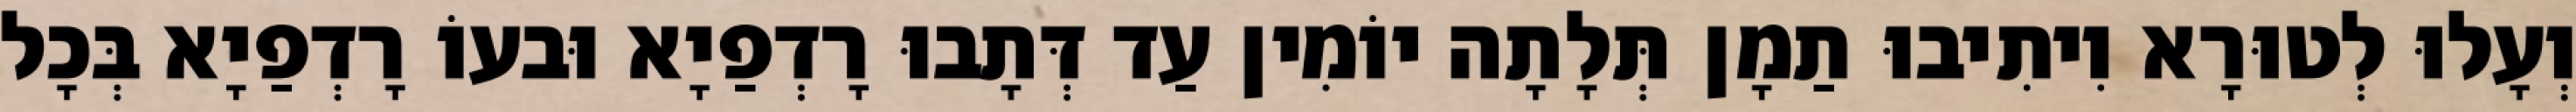
וְעָלוּ לְטוּרָא וִיתִיבוּ תַמָן תְּלָתָה יוֹמִין עַד דְּתָבוּ רָדְפַיָא וּבעוֹ רָדְפַיָא בְּכָל